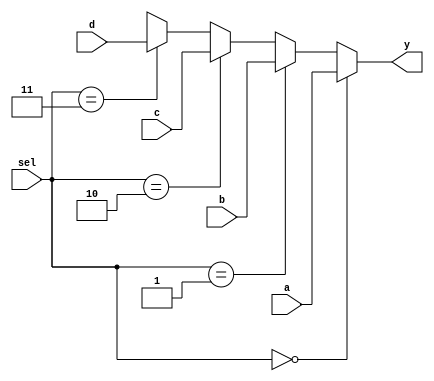
`timescale 1ns / 1ps
//////////////////////////////////////////////////////////////////////////////////
// Company: 
// Engineer: 
// 
// Design Name: 
// Module Name:    four_bit_mux_if 
// Project Name: 
// Target Devices: 
// Tool versions: 
// Description: 
//
// Dependencies: 
//
// Revision: 
// Revision 0.01 - File Created
// Additional Comments: 
//
//////////////////////////////////////////////////////////////////////////////////
module four_bit_mux(
	input [1:0] sel,
	input [3:0] a,
	input [3:0] b,
	input [3:0] c,
	input [3:0] d,
	output reg [3:0] y );
	
	always @(sel or a or b or c or d ) begin
	if (sel == 2'b00) 
		y = a;
	else if (sel == 2'b01)
		y = b;
	else if (sel == 2'b10) 
		y = c;
	else if (sel == 2'b11) 
		y = d;
	else
		y = 4'bx;
	end
	 
endmodule